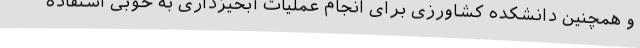
و همچنین دانشکده کشاورزی برای انجام عملیات آبخیزداری به خوبی استفاده